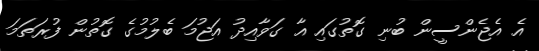
އެ އެޖެންސީން ބުނި ގޮތުގައި އާ ގަވާއިދު އަޖުމަ ބެލުމުގެ ގޮތުން ފުރަތަމަ